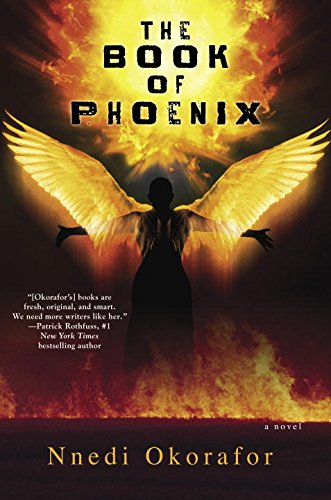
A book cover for The Book of Phoenix; Nnedi Okorafor; Science Fiction & Fantasy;